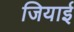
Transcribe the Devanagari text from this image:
जियाई